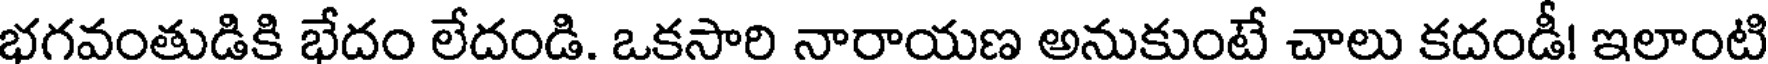
భగవంతుడికి భేదం లేదండి. ఒకసారి నారాయణ అనుకుంటే చాలు కదండీ! ఇలాంటి